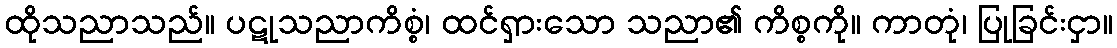
ထိုသညာသည်။ ပဋုသညာကိစ္စံ၊ ထင်ရှားသော သညာ၏ ကိစ္စကို။ ကာတုံ၊ ပြုခြင်းငှာ။